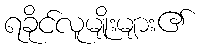
ရခိုင်လူမျိုးများ၏